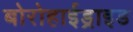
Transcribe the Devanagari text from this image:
बोरोहाईड्राइड